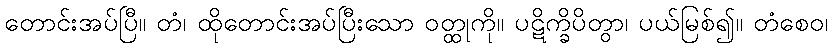
တောင်းအပ်ပြီ။ တံ၊ ထိုတောင်းအပ်ပြီးသော ဝတ္ထုကို။ ပဋိက္ခိပိတွာ၊ ပယ်မြစ်၍။ တံစေဝ၊